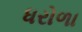
ધરોળા